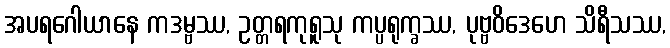
အပရဂေါယာနေ ကဒမ္ဗဿ, ဥတ္တရကုရူသု ကပ္ပရုက္ခဿ, ပုဗ္ဗဝိဒေဟေ သိရီသဿ,